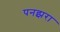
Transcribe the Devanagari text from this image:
पनझरा